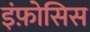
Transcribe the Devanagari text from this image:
इंफ़ोसिस